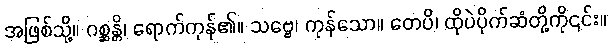
အဖြစ်သို့။ ဂစ္ဆန္တိ၊ ရောက်ကုန်၏။ သဗ္ဗေ၊ ကုန်သော။ တေပိ၊ ထိုပဲပိုက်ဆံတို့ကို၎င်း။